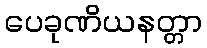
ပေခုဏိယနတ္တာ